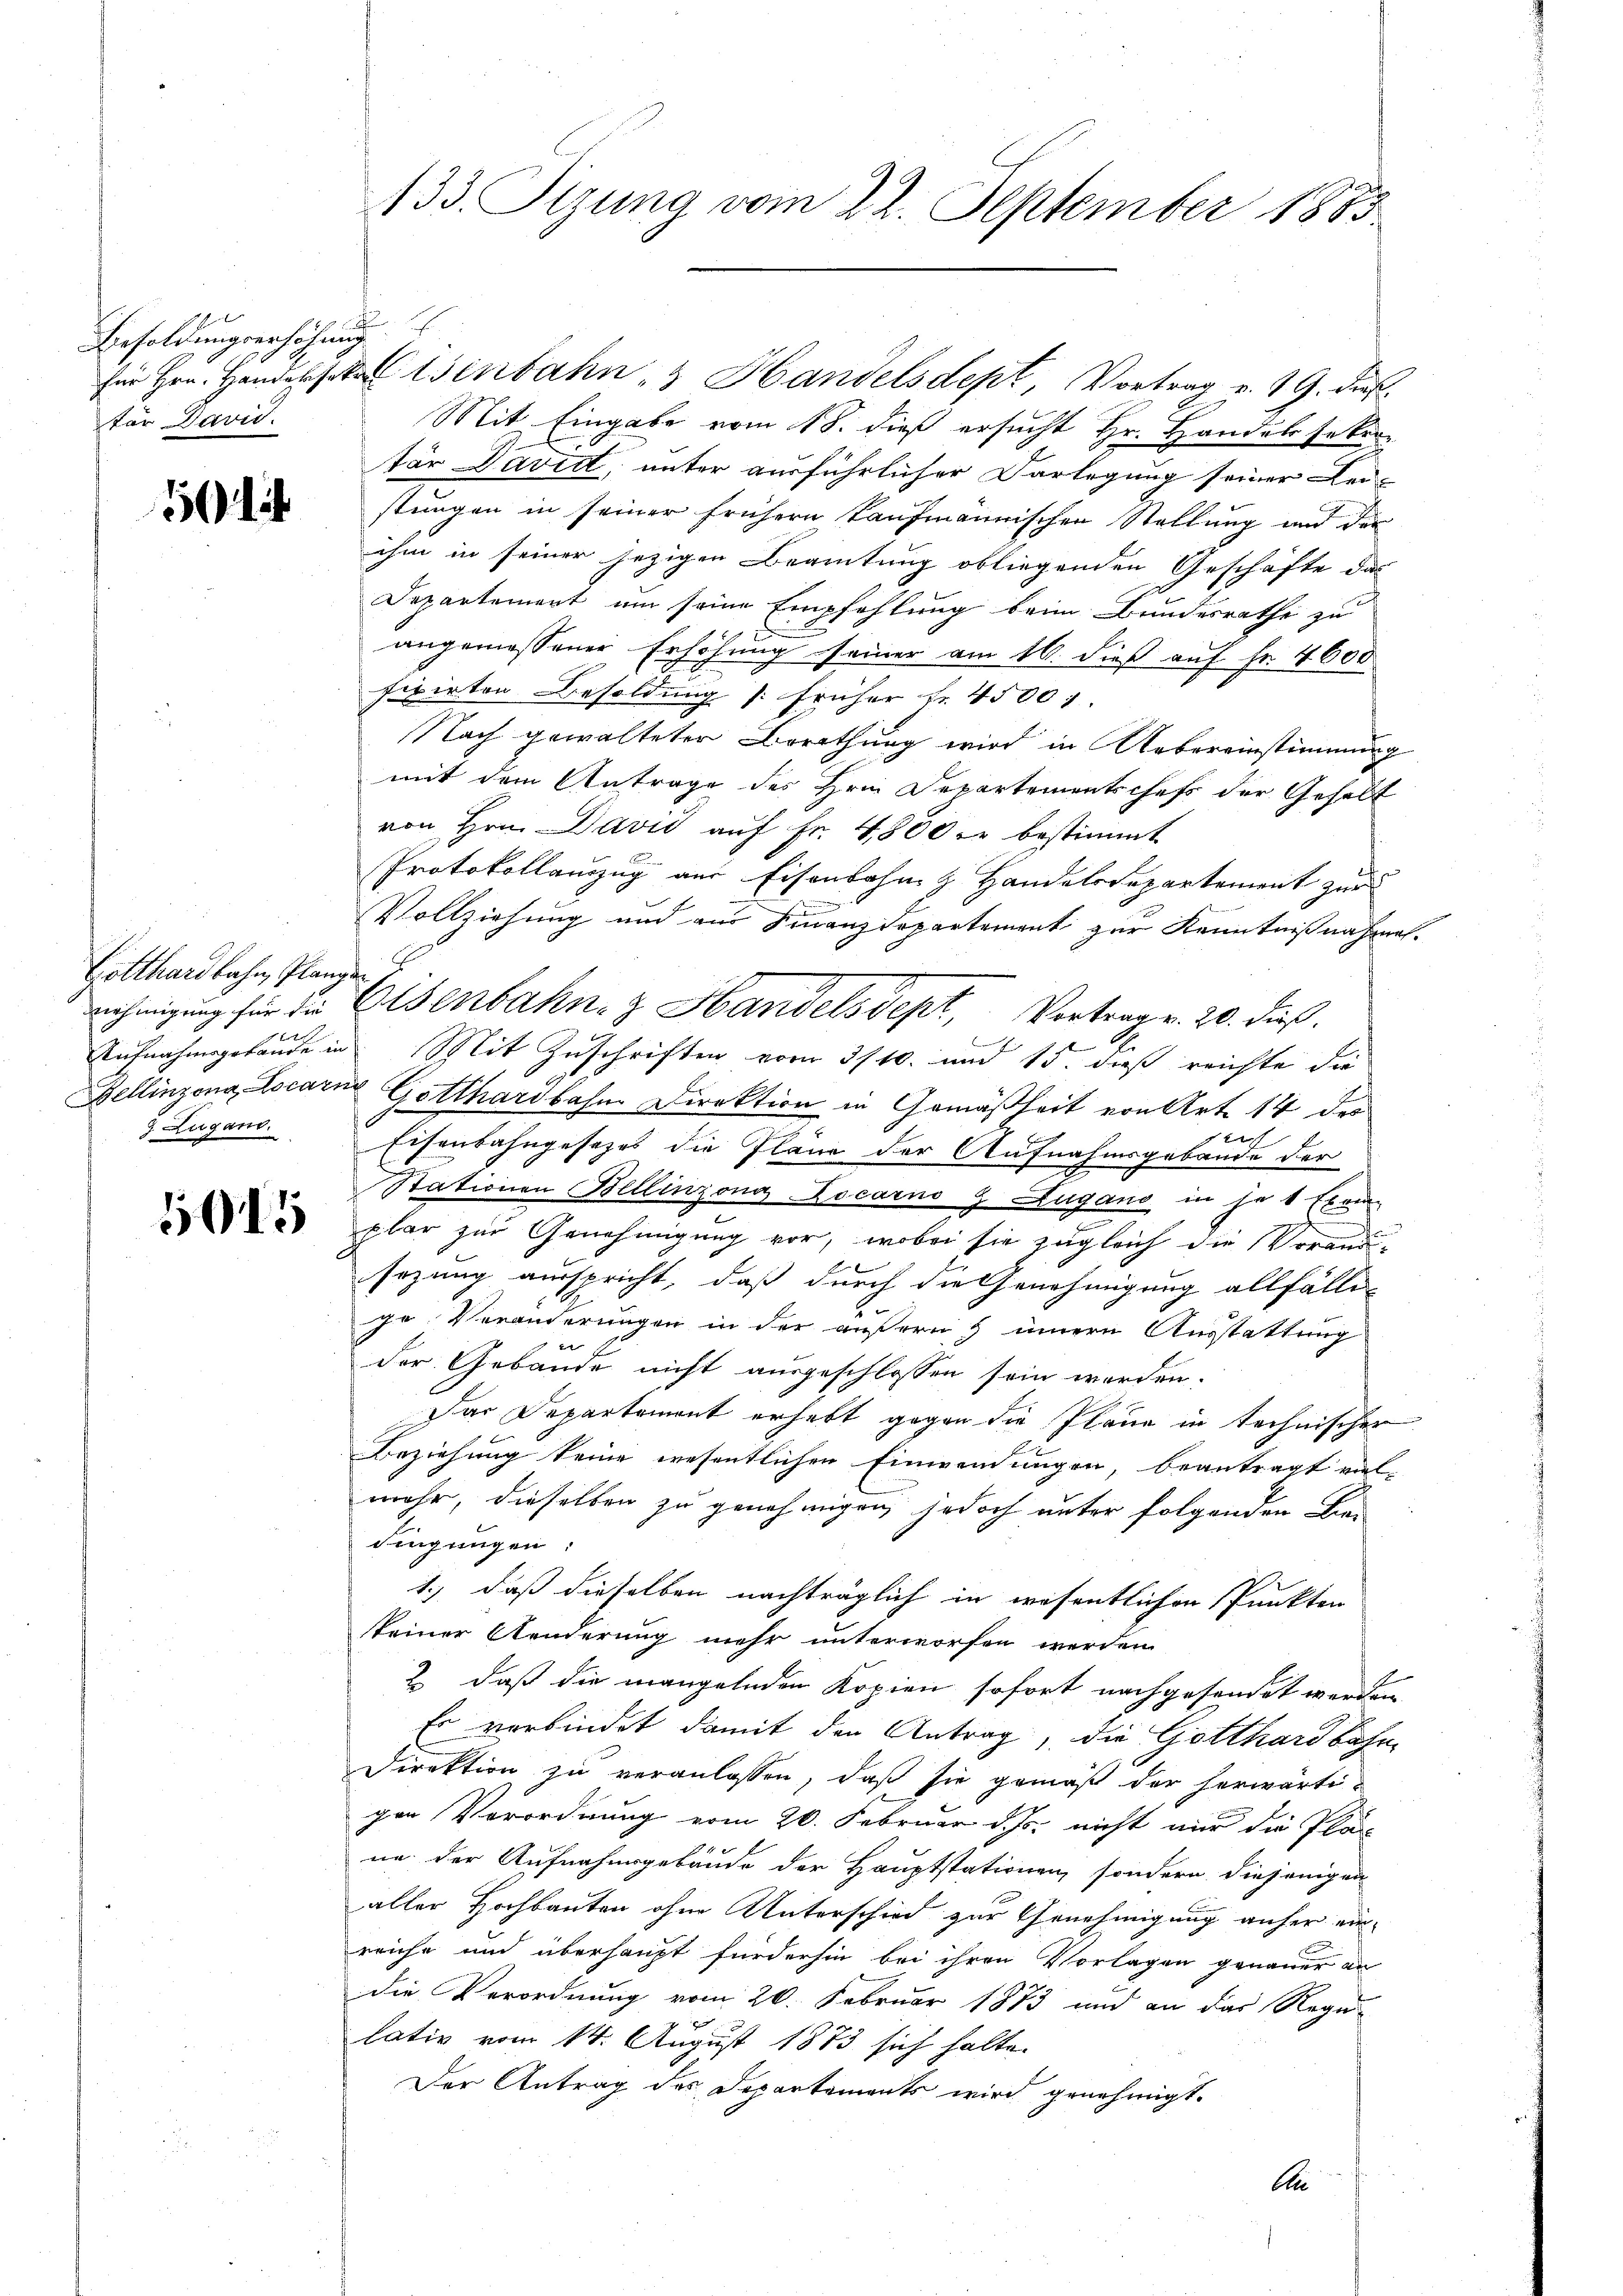
Besoldungserhöhung.
für David.

50

Gotthardbahn, Planzen
3. Zugano.

1015

133. Sitzung vom 22. September 1885

für Hrn. Handeltenbahn & Handelsdept, Vortrag v. 19. dieß¬
Mit Eingabe vom 18. dieß ersucht Hr. Handels sekurtär Davidt, unter ausführlicher Darlegung seiner Leistungen in seiner frühern kaufmännischen Stellung und der
ihm in seiner jezigen Beamtung obliegenden Geschäfte das
Departement um seine Empfehlung beim Bundesrathe zu
.
angemessener Erhöhung seiner am 16. dieß auf Fr. 4600
fixirten Besoldung früher fr. 4500 f.
Nach gewalteter Berathung wird in Uebereinstimmung
mit dem Antrage des Hrn. Departementschefs der Gehalt
von Hrn. David auf Fr. 4800 er bestimmt
Protokollauszug aus Eisenbahn & Handelsdepartement zur
Vollziehung und aus Finanzdepartement zur Kenntnißnahmenehmigŭng für die Eisenbahn- & Handelsdept, Vortrag v. 20. dieß.
Aufnahmsgebäude in Mit Zuschriften vom 3/10. und 15. dieß reichte die
Bellinzona Locarno Gotthardbahne Direktion in Gemäßheit von Art. 14 des
Eisenbahngesetzes die Pläne der Aufnahmsgebäude der
Stationen Bellinzona Locarno & Zugano in je 1 Exem
plar zur Genehmigung vor, wobei sie zugleich die Voranssezung ausspricht, daß durch die Genehmigung allfälli-
ge Veränderungen in der äußern & innern Ausstattung
der Gebäude nicht ausgeschlossen sein worden.
Das Departement erhebt gegen die Pläne in technischer
Beziehung keine wesentlichen Einwendungen, beantragt viel-
mehr, dieselben zu genehmigen, jedoch unter folgenden Bei
dingungen:
1.) daß dieselben nachträglich in wesentlichen Punkten
keiner Aenderung mehr unterworfen werden
2. daß die mangelnden Kopien sofort nachgesendet werden
Es verbindet damit den Antrag, die Gotthardbahn-
Direktion zu veranlassen, daß sie gemäß der herwärtigen Verordnung vom 26. Februar d. Js. nicht nur die Pläne der Aufnahmsgebäude der Hauptstationen, sondern diejenigen
aller Hochbauten ohne Unterschied zur Genehmigung anfer ein-
reiche und überhaupt fürderhin bei ihren Vorlagen genauer an
die Verordnung vom 20. Februar 1873 und an das Rege-
lativ vom 14. August 1873 sich halte.
Der Antrag des Departements wird genehmigt.
An